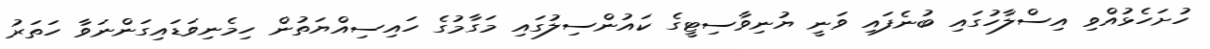
ހުށަހެޅުއްވި އިސްލާހުގައި ބުނެފައި ވަނީ ޔުނިވާސިޓީގެ ކައުންސިލުގައި މަގާމުގެ ހައިސިއްޔަތުން ހިމެނިވަޑައިގަންނަވާ ހަތަރު